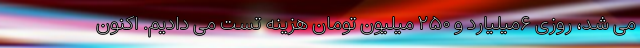
می شد، روزی ۶میلیارد و ۲۵۰ میلیون تومان هزینه تست می دادیم. اکنون